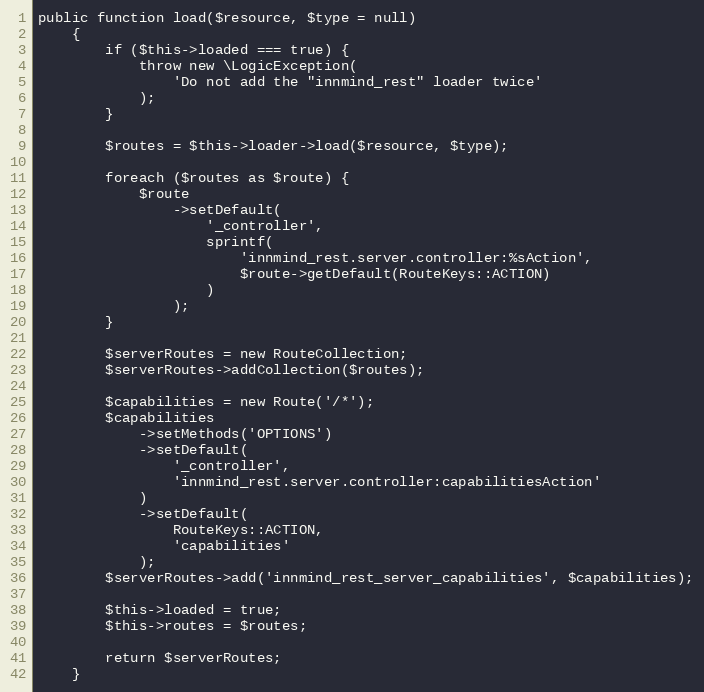
Language: PHP
public function load($resource, $type = null)
    {
        if ($this->loaded === true) {
            throw new \LogicException(
                'Do not add the "innmind_rest" loader twice'
            );
        }

        $routes = $this->loader->load($resource, $type);

        foreach ($routes as $route) {
            $route
                ->setDefault(
                    '_controller',
                    sprintf(
                        'innmind_rest.server.controller:%sAction',
                        $route->getDefault(RouteKeys::ACTION)
                    )
                );
        }

        $serverRoutes = new RouteCollection;
        $serverRoutes->addCollection($routes);

        $capabilities = new Route('/*');
        $capabilities
            ->setMethods('OPTIONS')
            ->setDefault(
                '_controller',
                'innmind_rest.server.controller:capabilitiesAction'
            )
            ->setDefault(
                RouteKeys::ACTION,
                'capabilities'
            );
        $serverRoutes->add('innmind_rest_server_capabilities', $capabilities);

        $this->loaded = true;
        $this->routes = $routes;

        return $serverRoutes;
    }